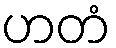
ဟတံ